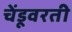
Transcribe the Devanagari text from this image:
चेंडूवरती